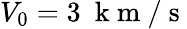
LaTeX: V_{0}=3~\mathrm{~k~m~}/\mathrm{~s~}